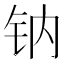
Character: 钠